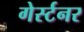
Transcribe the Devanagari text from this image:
गेर्स्टनर